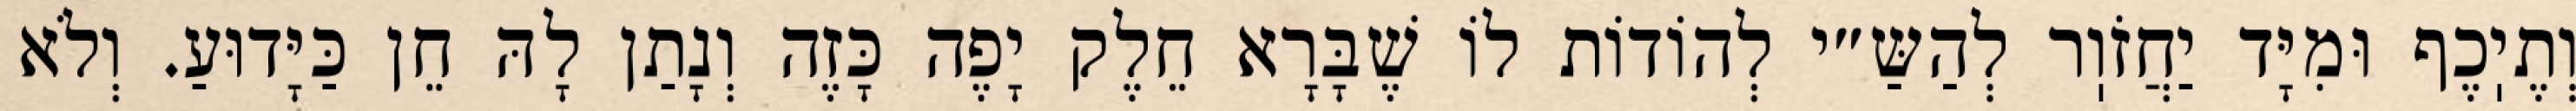
וְתֶיֽכֶף וּמִיָּד יַחֲזֹוֽר לְהַשַּ״י לְהוֹדוֹת לוֹ שֶׁבָּרָא חֵלֶק יָפֶה כָּזֶה וְנָתַן לָהּ חֵן כַּיָּדוּעַ. וְלֹא